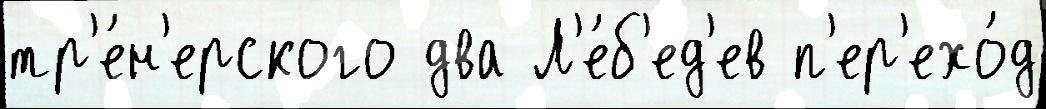
тр'е́н'ерского два Л'е́б'ед'ев п'ер'ехо́д